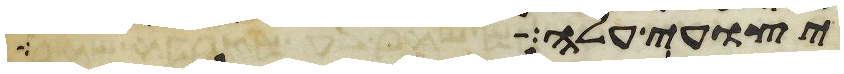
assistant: יצועי עלה